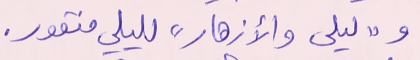
و"ليلى والأزهار" لليلى منقور.